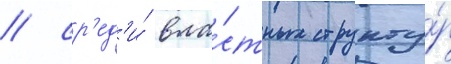
/ ср'ед'и́ вла́стных структу́р